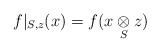
\begin{align*}f|_{S,z}(x) = f(x\underset{S}{\otimes} z)\end{align*}